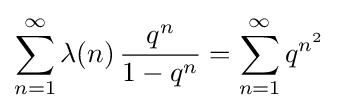
\sum _{n=1}^{\infty }\lambda (n)\,{\frac {q^{n}}{1-q^{n}}}=\sum _{n=1}^{\infty }q^{n^{2}}